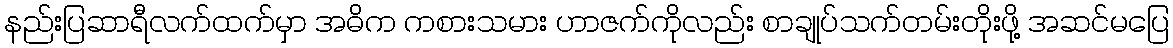
နည်းပြဆာရီလက်ထက်မှာ အဓိက ကစားသမား ဟာဇက်ကိုလည်း စာချုပ်သက်တမ်းတိုးဖို့ အဆင်မပြေ